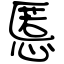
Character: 慝